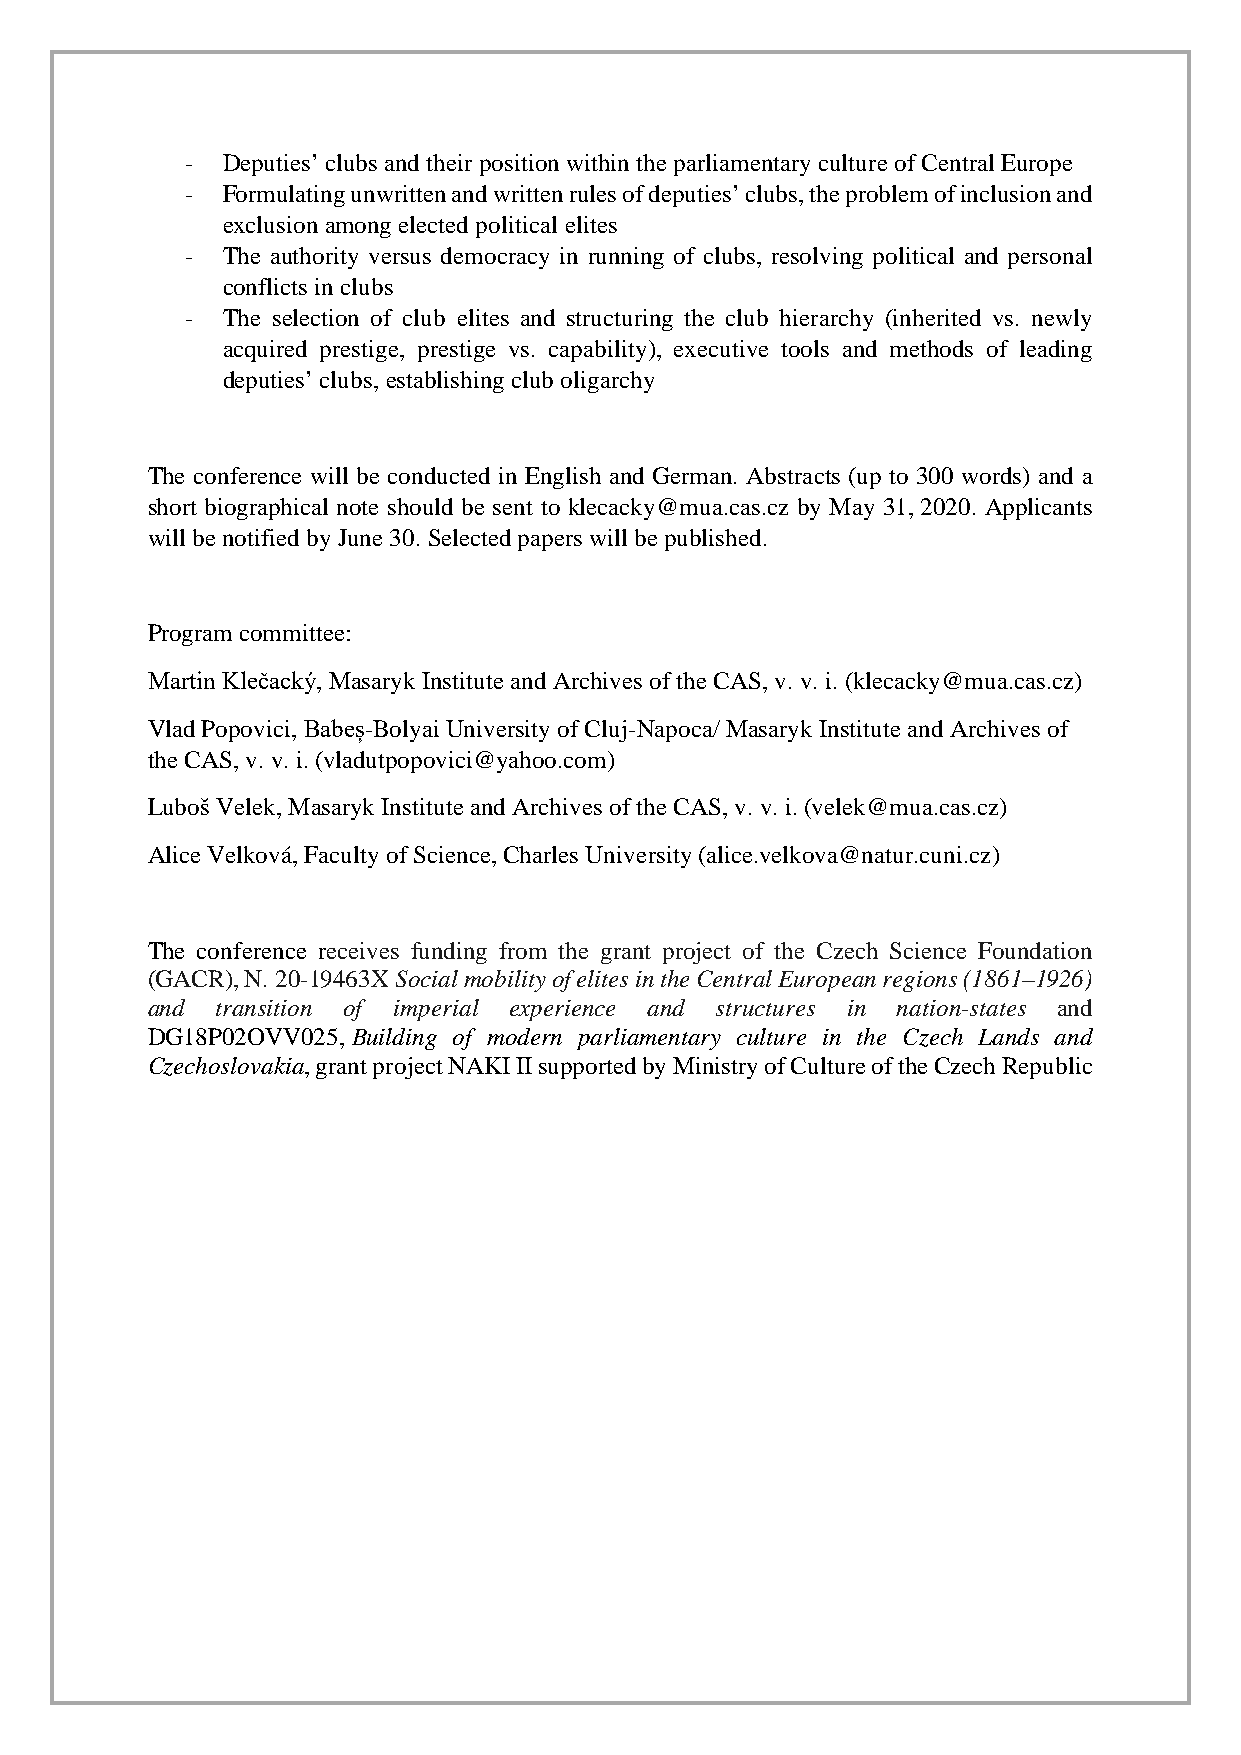
-  Deputies’ clubs and their position within the parliamentary culture of Central Europe
 -  Formulating unwritten and written rules of deputies’ clubs, the problem of inclusion and
 exclusion among elected political elites
 -  The authority versus democracy in running of clubs, resolving political and personal
 conflicts in clubs
 -  The selection of club elites and structuring the club hierarchy (inherited vs. newly
 acquired prestige, prestige vs. capability), executive tools and methods of leading
 deputies’ clubs, establishing club oligarchy
 The conference will be conducted in English and German. Abstracts (up to 300 words) and a
 short biographical note should be sent to klecacky@mua.cas.cz by May 31, 2020. Applicants
 will be notified by June 30. Selected papers will be published.
 Program committee:
 Martin Klečacký, Masaryk Institute and Archives of the CAS, v. v. i. (klecacky@mua.cas.cz)
 Vlad Popovici, Babeș-Bolyai University of Cluj-Napoca/ Masaryk Institute and Archives of
 the CAS, v. v. i. (vladutpopovici@yahoo.com)
 Luboš Velek, Masaryk Institute and Archives of the CAS, v. v. i. (velek@mua.cas.cz)
 Alice Velková, Faculty of Science, Charles University (alice.velkova@natur.cuni.cz)
 The conference receives funding from the grant project of the Czech Science Foundation
 (GACR), N. 20-19463X Social mobility of elites in the Central European regions (1861–1926)
 and transition of imperial experience and structures in nation-states and
 DG18P02OVV025, Building of modern parliamentary culture in the Czech Lands and
 Czechoslovakia, grant project NAKI II supported by Ministry of Culture of the Czech Republic